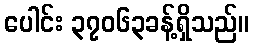
ပေါင်း ၃၇၀၆၃ခန့်ရှိသည်။